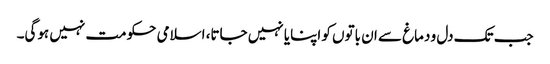
جب تک دل و دماغ سے ان باتوں کو اپنایا نہیں جاتا، اسلامی حکومت نہیں ہوگی۔